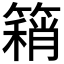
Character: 𥳓